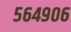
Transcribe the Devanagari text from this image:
५६४९०६